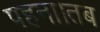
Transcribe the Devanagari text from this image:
पहना।तब